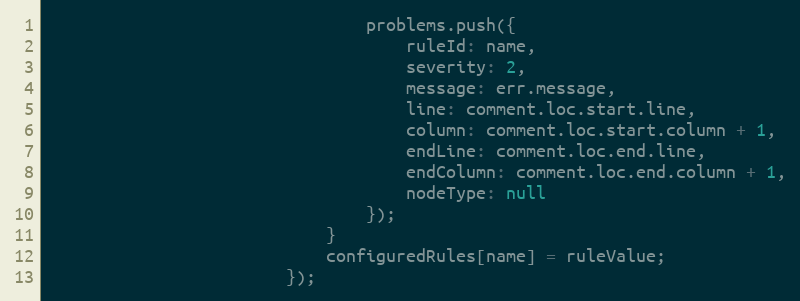
Language: JavaScript
                                problems.push({
                                    ruleId: name,
                                    severity: 2,
                                    message: err.message,
                                    line: comment.loc.start.line,
                                    column: comment.loc.start.column + 1,
                                    endLine: comment.loc.end.line,
                                    endColumn: comment.loc.end.column + 1,
                                    nodeType: null
                                });
                            }
                            configuredRules[name] = ruleValue;
                        });